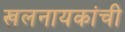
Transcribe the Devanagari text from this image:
खलनायकांची